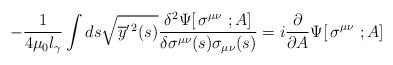
LaTeX: \begin{align*}-{1\over 4\mu_0 l_\gamma}\int ds\sqrt{\overline y^{\prime\,2}(s)}{\delta^2 \Psi[\,\sigma^{\mu\nu}\ ; A]\over \delta\sigma^{\mu\nu}(s)\sigma_{\mu\nu}(s)}=i{\partial \over\partial A }\Psi[\,\sigma^{\mu\nu}\ ; A]\end{align*}